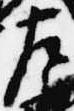
左